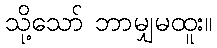
သို့သော် ဘာမျှမထူး။